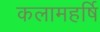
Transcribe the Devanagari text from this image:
कलामहर्षि